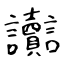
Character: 讟